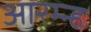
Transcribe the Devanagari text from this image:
आरम्न्ह